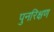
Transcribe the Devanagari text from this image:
पुनरिक्षण